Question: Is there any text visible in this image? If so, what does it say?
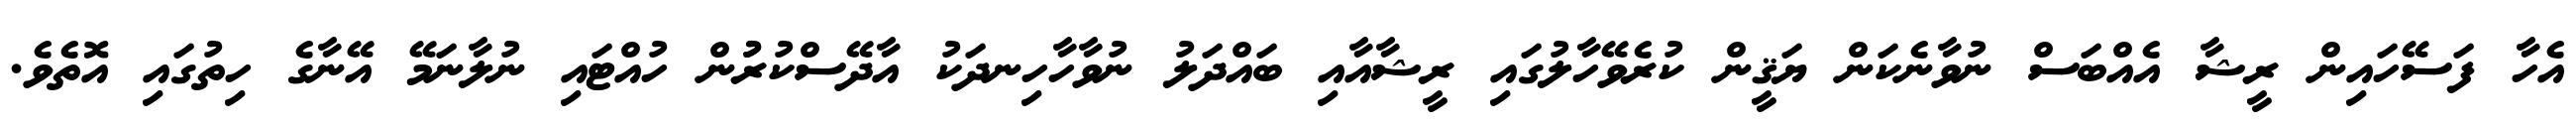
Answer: އެހާ ފަސޭހައިން ރީޝާ އެއްބަސް ނުވާނެކަން ޔަޤީން ކުރެވޭހާލުގައި ރީޝާއާއި ބައްދަލު ނުވާހާހިނދަކު އާދޭސްކުރުުން ހުއްޓައި ނުލާނަމޭ އޭނާގެ ހިތުގައި އޮތެވެ.